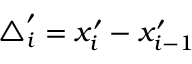
\triangle _ { i } ^ { \prime } = x _ { i } ^ { \prime } - x _ { i - 1 } ^ { \prime }